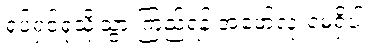
ရုပ်ရှင်ရုံသို့သွားကြည့်ရန် အဖော်လုံးဝမရှိပါ။